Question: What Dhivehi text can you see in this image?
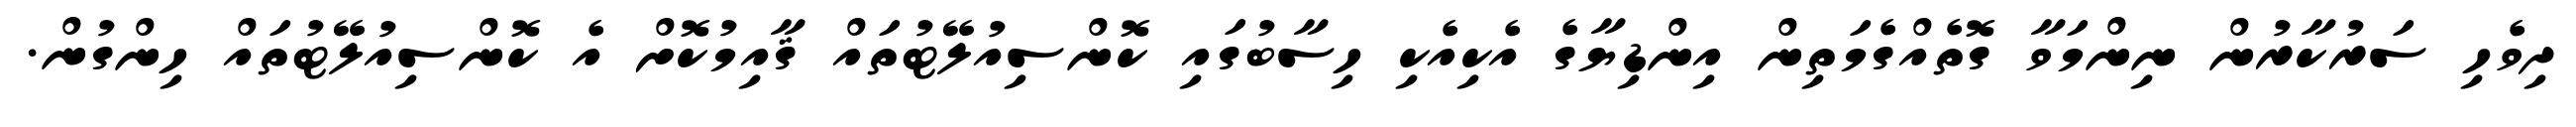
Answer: ދިވެހި ސަރުކާރުން ނިންމަވާ ގޮތެއްގެމަތިން އިންޑިޔާގެ އެކިއެކި ހިސާބުގައި ކޮންސިއުލޭޓުތައް ޤާއިމުކޮށް އެ ކޮންސިއުލޭޓުތައް ހިންގުން.